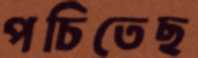
পচিতেছ